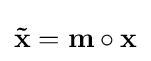
\mathbf {\tilde {x}} =\mathbf {m} \circ \mathbf {x}